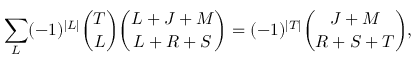
\sum _ { L } ( - 1 ) ^ { \vert L \vert } { \binom { T } { L } } { \binom { L + J + M } { L + R + S } } = ( - 1 ) ^ { \vert T \vert } { \binom { J + M } { R + S + T } } ,